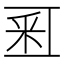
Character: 𨤏